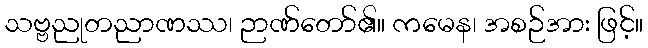
သဗ္ဗညုတညာဏဿ၊ ဉာဏ်တော်၏။ ကမေန၊ အစဉ်အား ဖြင့်။